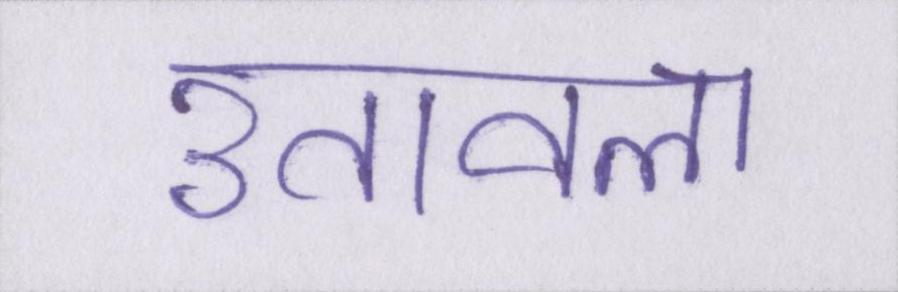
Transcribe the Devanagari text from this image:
उतावला